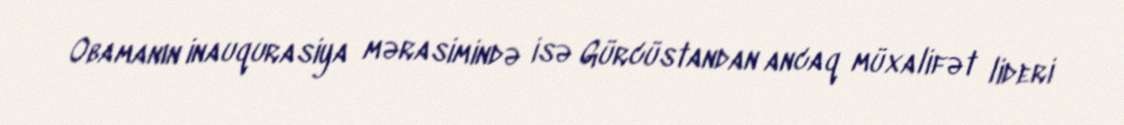
Obamanın inauqurasiya mərasimində isə Gürcüstandan ancaq müxalifət lideri